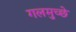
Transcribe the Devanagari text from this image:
गलमुच्छे